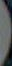
-